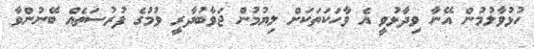
ހުޅުވާލުމުން އޭނާ ވިދާޅުވީ އެ ވާހަކަތަކަށް ލިޔުމުން ޖަވާބުދާރީ ވުމުގެ ފުރުސަތެއް ބޭނުންވާ